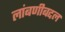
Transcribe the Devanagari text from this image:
लांबणीबद्दल